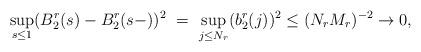
LaTeX: \begin{align*}\sup_{s\leq 1} (B_2^r(s)-B_2^r(s-))^2 \ = \ \sup_{j\leq N_r} (b^r_2(j))^2 \leq (N_rM_r)^{-2} \rightarrow 0,\end{align*}